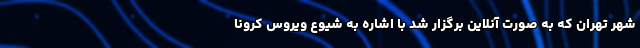
شهر تهران که به صورت آنلاین برگزار شد با اشاره به شیوع ویروس کرونا